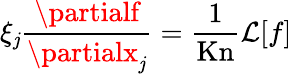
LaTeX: \xi_{\mathit{j}}\frac{{\partialf}}{{\partialx_{\mathit{j}}}}=\frac{{1}}{{\mathrm{{Kn}}}}\mathcal{{L}}[f]